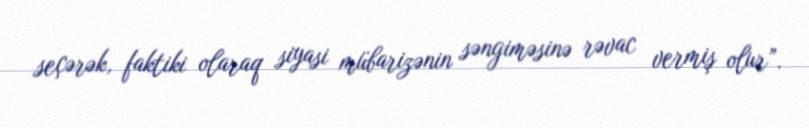
seçərək, faktiki olaraq siyasi mübarizənin səngiməsinə rəvac vermiş olur”.